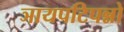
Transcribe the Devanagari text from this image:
ञायपटिपन्नो